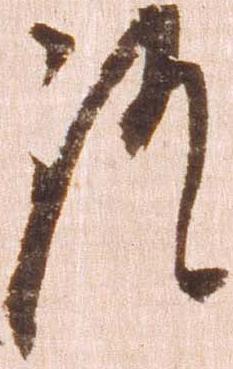
証